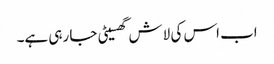
اب اس کی لاش گھسیٹی جا رہی ہے۔